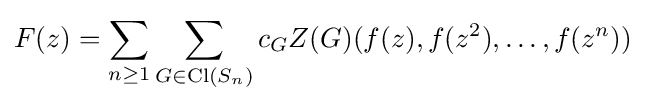
F(z)=\sum _{n\geq 1}\sum _{G\in \operatorname {Cl} (S_{n})}c_{G}Z(G)(f(z),f(z^{2}),\ldots ,f(z^{n}))